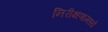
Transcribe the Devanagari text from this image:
निरीक्षणामध्ये